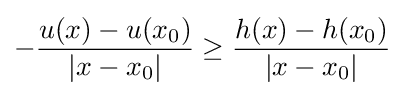
-{\frac {u(x)-u(x_{0})}{|x-x_{0}|}}\geq {\frac {h(x)-h(x_{0})}{|x-x_{0}|}}